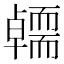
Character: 𭅭